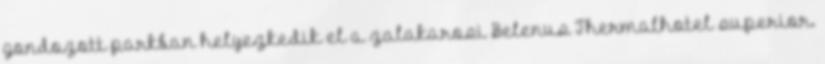
gondozott parkban helyezkedik el a zalakarosi Belenus Thermalhotel superior.